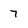
Character: 7